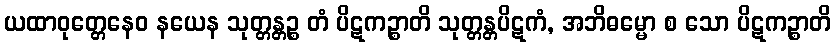
ယထာဝုတ္တေနေဝ နယေန သုတ္တန္တဉ္စ တံ ပိဋကဉ္စာတိ သုတ္တန္တပိဋကံ, အဘိဓမ္မော စ သော ပိဋကဉ္စာတိ